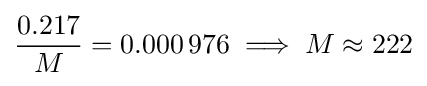
{\frac {0.217}{M}}=0.000\,976\implies M\approx 222